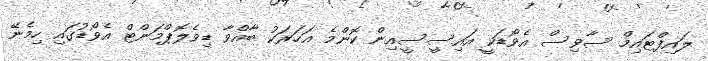
ލައިފްޓައިމް ސާވިސް އެވޯޑަކީ އައިސީސީއިން ކޮންމެ އަހަރަކު ބާއްވާ ޑިވެލޮޕްމަންޓް އެވޯޑުގައި ހިމެނޭ